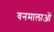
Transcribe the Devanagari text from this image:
वनमालाओं